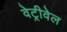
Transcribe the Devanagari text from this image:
वेट्रीवेल